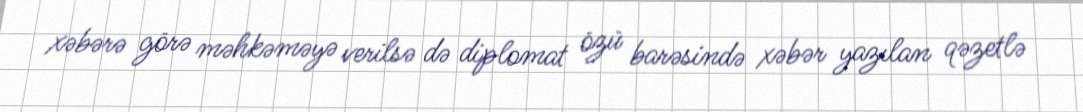
xəbərə görə məhkəməyə verilsə də diplomat özü barəsində xəbər yazılan qəzetlə